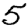
Digit: 5